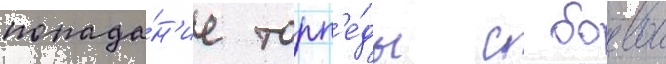
попада́н'ие торп'е́ды с боевои